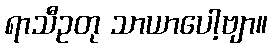
ရာသီဥတု သာယာပေါ့ဗျာ။